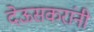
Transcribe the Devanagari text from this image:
देऊसकरांनी